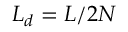
L _ { d } = L / 2 N